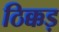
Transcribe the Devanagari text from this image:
ठिक्कड़